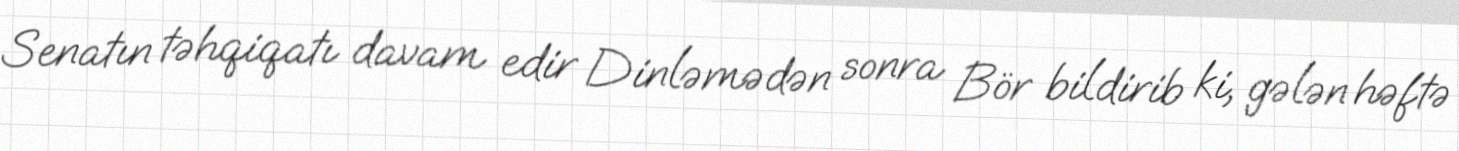
Senatın təhqiqatı davam edir Dinləmədən sonra Bör bildirib ki, gələn həftə